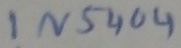
Text: IN5404